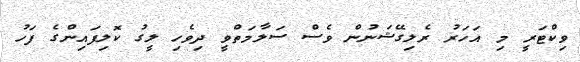
ވިކްޓަރީ މި އަހަރު ރެލިގޭޝަނުން ވެސް ސަލާމަތްވީ ދިވެހި ލީގު ކޮލިފައިންގެ ފަހު